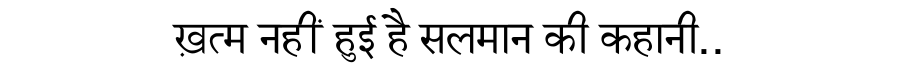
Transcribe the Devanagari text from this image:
ख़त्म नहीं हुई है सलमान की कहानी..